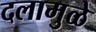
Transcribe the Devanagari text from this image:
दलामुळे